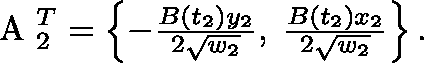
\begin{array} { r } { \textnormal { \boldmath A } _ { 2 } ^ { T } = \left\{ - \frac { B ( t _ { 2 } ) y _ { 2 } } { 2 \sqrt { w _ { 2 } } } , \; \frac { B ( t _ { 2 } ) x _ { 2 } } { 2 \sqrt { w _ { 2 } } } \right\} . } \end{array}